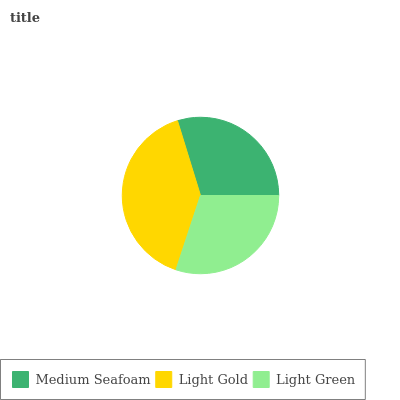
| Medium Seafoam | Light Gold | Light Green |
 | --- | --- | --- |
 | 29.8% | 40.1% | 30.1% |